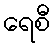
ရေစီ